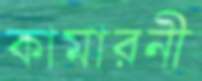
কামারনী